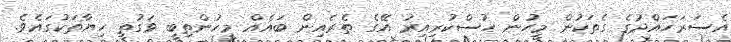
އެސަރަހައްދުގެ ގެތަކުން މީހުން ހުސްކުރިއިރު އޭގެ ތެރެއިން ބައެއް މީހުންތިބީ ވަގުތީ ހިޔާތަކުގައެވެ.